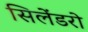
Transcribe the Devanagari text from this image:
सिलेंडरो